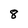
Character: 8